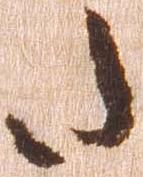
た